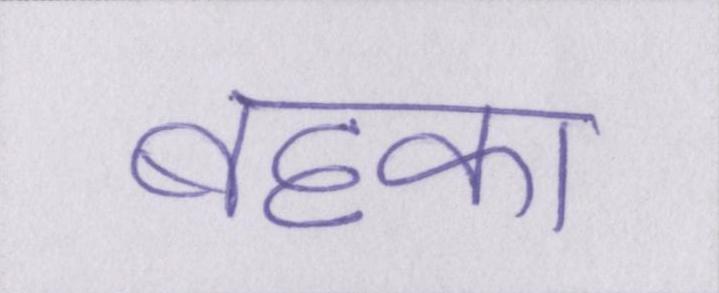
बहका